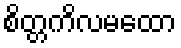
စိတ္တကိလမထော